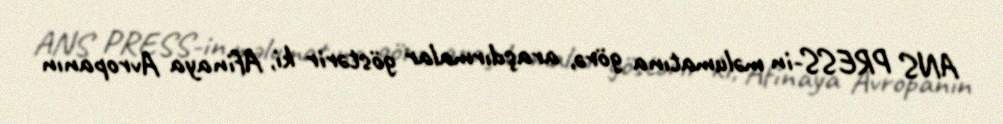
ANS PRESS-in məlumatına görə, araşdırmalar göstərir ki, Afinaya Avropanın